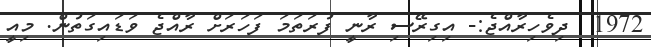
1972  ދިވެހިރާއްޖެ:- އިގިރޭސި ރާނީ ފުރަތަމަ ފަހަރަށް ރާއްޖެ ވަޑައިގަތުން. މިއީ